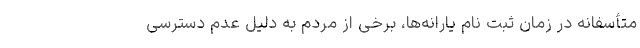
متأسفانه در زمان ثبت نام یارانه‌ها، برخی از مردم به دلیل عدم دسترسی